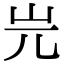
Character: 𡵉